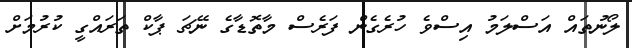
ލޯނުތައް އަސްލަމު އިސްވެ ހުރެގެން ފަރެސް މާތޮޑާގެ ނޭޗަ ޕާކް ތަރައްގީ ކުރުމަށް